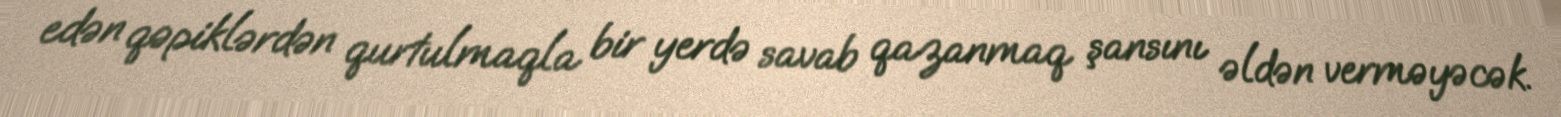
edən qəpiklərdən qurtulmaqla bir yerdə savab qazanmaq şansını əldən verməyəcək.